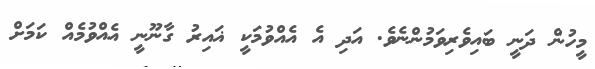
މީހުން ދަނީ ބައިވެރިވަމުންނެވެ. އަދި އެ އެއްވުމަކީ ޣައިރު ގާނޫނީ އެއްވުމެއް ކަމަށް